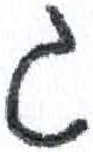
אות: ג